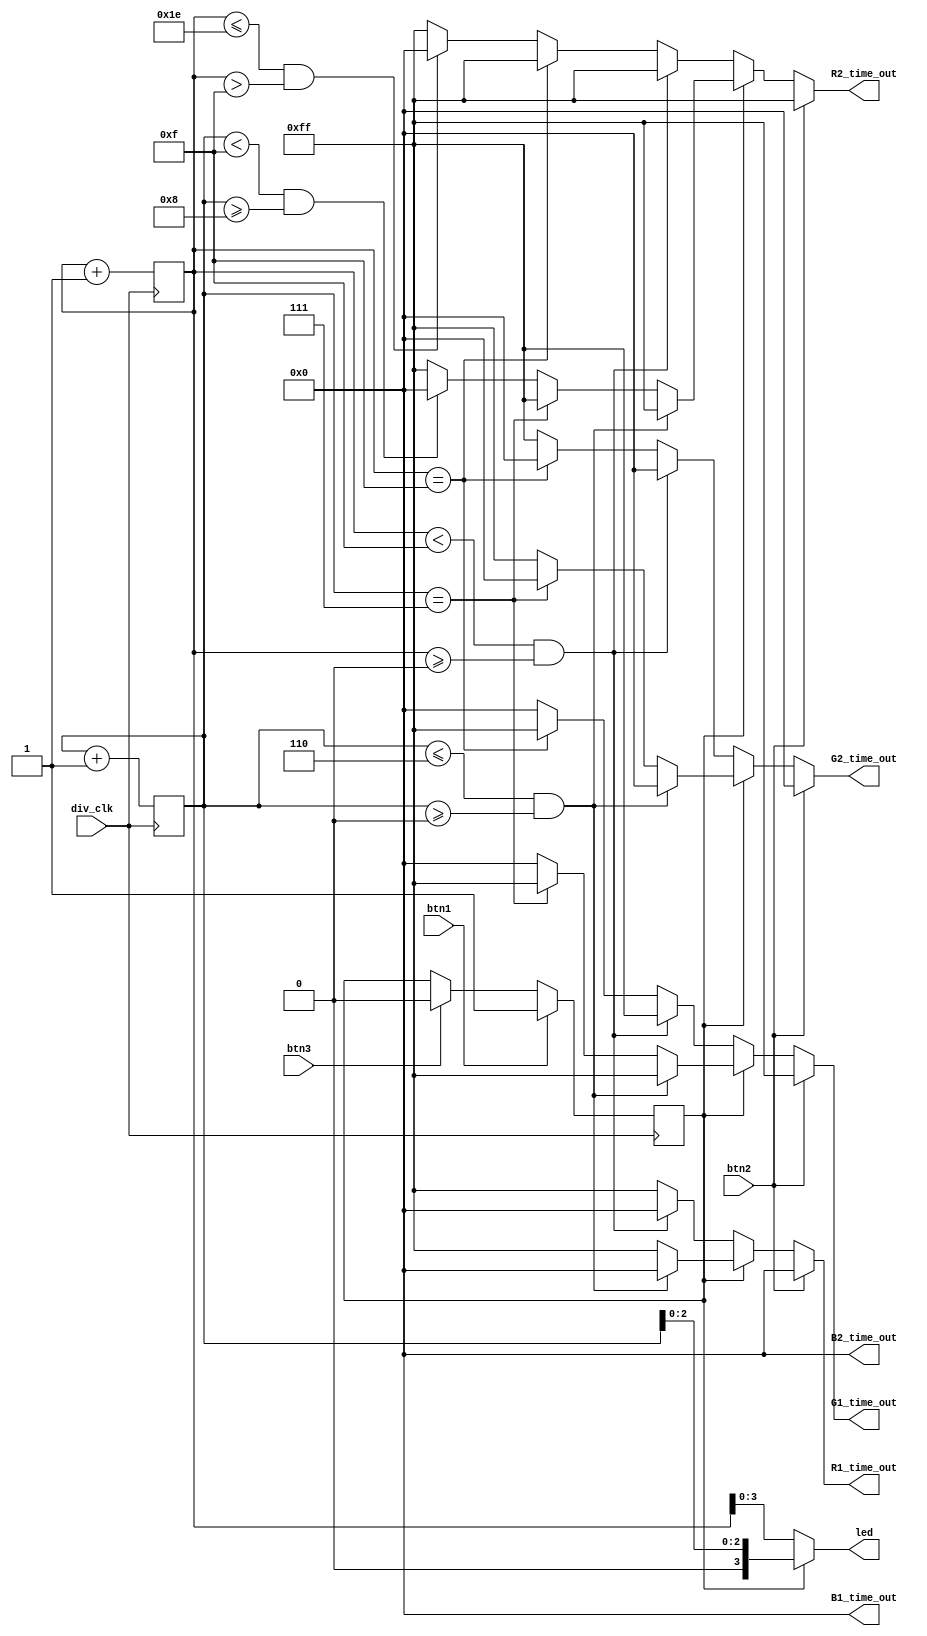
module Decoder (
  input div_clk ,
  input  btn1, 
  input  btn2,
  input  btn3,
  output [3:0]led,
  output reg [7:0] R1_time_out,
  output reg [7:0] G1_time_out,
  output reg [7:0] B1_time_out,
  output reg [7:0] R2_time_out,
  output reg [7:0] G2_time_out,
  output reg [7:0] B2_time_out
);

  reg [4:0]counter1 ;
  reg [3:0]counter2 ;
  reg reg_btn ;
  wire [3:0] led;
  
  assign led = (reg_btn)? {1'b0,counter2[2:0]} :counter1[3:0] ; 
  
  
  //counter
  always @ ( posedge div_clk ) 
  begin
  counter1 <= counter1 +1 ;
  counter2 <= counter2 + 1 ;  
  end
  
  //reg_btn
  always @ ( posedge div_clk ) 
  begin
		if(btn1)
			reg_btn <= 1 ;
		else if(btn3)
			reg_btn <= 0 ;
  end

  //8sec
  always @ (*)
  begin
  if(btn2)
  begin
  		G1_time_out = 8'd255 ;
		R1_time_out = 8'd0 ;
		B1_time_out = 8'd0 ;
		G2_time_out = 8'd0 ;
		R2_time_out = 8'd255 ;
		B2_time_out = 8'd0 ;
  end
  else if(reg_btn)
  begin
	if(counter2<=6&&counter2>=0)
	begin
		G1_time_out = 8'd255 ;
		R1_time_out = 8'd0 ;
		B1_time_out = 8'd0 ;
		G2_time_out = 8'd0 ;
		R2_time_out = 8'd255 ;
		B2_time_out = 8'd0 ;
	end	
	else if(counter2==7)
	begin
		G1_time_out = 8'd255 ;
		R1_time_out = 8'd255 ;
		B1_time_out = 8'd0 ;
		G2_time_out = 8'd0 ;
		R2_time_out = 8'd255 ;
		B2_time_out = 8'd0 ;
	end
	else if (counter2<15&&counter2>=8)
	begin
		G1_time_out = 8'd0 ;
		R1_time_out = 8'd255 ;
		B1_time_out = 8'd0 ;
		G2_time_out = 8'd255 ;
		R2_time_out = 8'd0 ;
		B2_time_out = 8'd0 ;
		
	end
	else
	begin
	    G1_time_out = 8'd0 ;
		R1_time_out = 8'd255 ;
		B1_time_out = 8'd0 ;
		G2_time_out = 8'd255 ;
		R2_time_out = 8'd255 ;
		B2_time_out = 8'd0 ;
	end
	end
	else
	 begin
	if(counter1<15&&counter1>=0)
	begin
		G1_time_out = 8'd255 ;
		R1_time_out = 8'd0 ;
		B1_time_out = 8'd0 ;
		G2_time_out = 8'd0 ;
		R2_time_out = 8'd255 ;
		B2_time_out = 8'd0 ;
	end	
	else if(counter1==15)
	begin
		G1_time_out = 8'd255 ;
		R1_time_out = 8'd255 ;
		B1_time_out = 8'd0 ;
		G2_time_out = 8'd0 ;
		R2_time_out = 8'd255 ;
		B2_time_out = 8'd0 ;
	end
	else if (counter1<=30&&counter1>15)
	begin
		G1_time_out = 8'd0 ;
		R1_time_out = 8'd255 ;
		B1_time_out = 8'd0 ;
		G2_time_out = 8'd255 ;
		R2_time_out = 8'd0 ;
		B2_time_out = 8'd0 ;
		
	end
	else
	begin
	    G1_time_out = 8'd0 ;
		R1_time_out = 8'd255 ;
		B1_time_out = 8'd0 ;
		G2_time_out = 8'd255 ;
		R2_time_out = 8'd255 ;
		B2_time_out = 8'd0 ;
	end	
	end
  end
  
  
  

endmodule